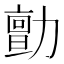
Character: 勯